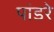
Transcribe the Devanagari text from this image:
पांडरे